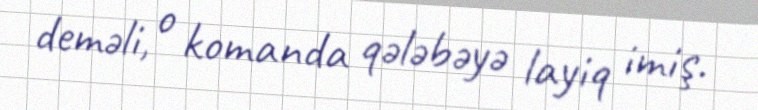
deməli, o komanda qələbəyə layiq imiş.